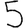
Digit: 5